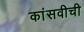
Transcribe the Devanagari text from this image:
कांसवीची